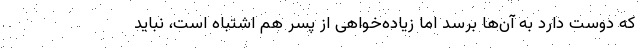
که دوست دارد به آن‌ها برسد اما زیاده‌خواهی از پسر هم اشتباه است، نباید